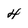
Character: 4